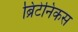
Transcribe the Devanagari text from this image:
ब्रिटेनिकस